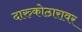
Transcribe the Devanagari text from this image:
दारुकोठारावर